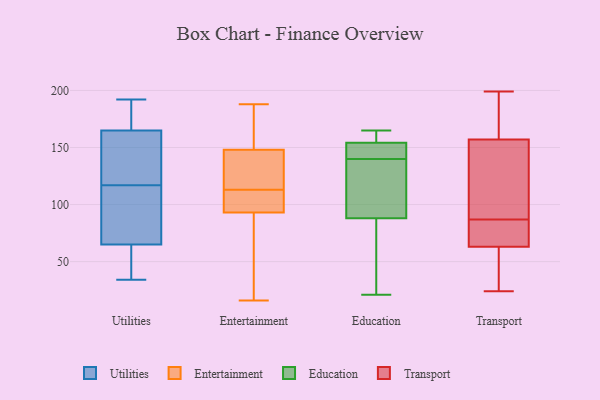
{"axis": {"x": "Net Income (USD K)", "y": "Value"}, "legend": ["Education", "Entertainment", "Transport", "Utilities"], "data": [{"x": "", "y": 34, "type": "Utilities"}, {"x": "", "y": 126, "type": "Utilities"}, {"x": "", "y": 82, "type": "Utilities"}, {"x": "", "y": 161, "type": "Utilities"}, {"x": "", "y": 153, "type": "Utilities"}, {"x": "", "y": 165, "type": "Utilities"}, {"x": "", "y": 63, "type": "Utilities"}, {"x": "", "y": 108, "type": "Utilities"}, {"x": "", "y": 192, "type": "Utilities"}, {"x": "", "y": 65, "type": "Utilities"}, {"x": "", "y": 54, "type": "Utilities"}, {"x": "", "y": 188, "type": "Utilities"}, {"x": "", "y": 77, "type": "Utilities"}, {"x": "", "y": 171, "type": "Utilities"}, {"x": "", "y": 100, "type": "Entertainment"}, {"x": "", "y": 101, "type": "Entertainment"}, {"x": "", "y": 125, "type": "Entertainment"}, {"x": "", "y": 182, "type": "Entertainment"}, {"x": "", "y": 127, "type": "Entertainment"}, {"x": "", "y": 149, "type": "Entertainment"}, {"x": "", "y": 45, "type": "Entertainment"}, {"x": "", "y": 16, "type": "Entertainment"}, {"x": "", "y": 148, "type": "Entertainment"}, {"x": "", "y": 188, "type": "Entertainment"}, {"x": "", "y": 93, "type": "Entertainment"}, {"x": "", "y": 131, "type": "Entertainment"}, {"x": "", "y": 98, "type": "Entertainment"}, {"x": "", "y": 24, "type": "Entertainment"}, {"x": "", "y": 163, "type": "Education"}, {"x": "", "y": 152, "type": "Education"}, {"x": "", "y": 155, "type": "Education"}, {"x": "", "y": 121, "type": "Education"}, {"x": "", "y": 56, "type": "Education"}, {"x": "", "y": 81, "type": "Education"}, {"x": "", "y": 165, "type": "Education"}, {"x": "", "y": 145, "type": "Education"}, {"x": "", "y": 81, "type": "Education"}, {"x": "", "y": 165, "type": "Education"}, {"x": "", "y": 163, "type": "Education"}, {"x": "", "y": 111, "type": "Education"}, {"x": "", "y": 21, "type": "Education"}, {"x": "", "y": 109, "type": "Education"}, {"x": "", "y": 141, "type": "Education"}, {"x": "", "y": 114, "type": "Education"}, {"x": "", "y": 143, "type": "Education"}, {"x": "", "y": 140, "type": "Education"}, {"x": "", "y": 29, "type": "Education"}, {"x": "", "y": 164, "type": "Transport"}, {"x": "", "y": 87, "type": "Transport"}, {"x": "", "y": 96, "type": "Transport"}, {"x": "", "y": 83, "type": "Transport"}, {"x": "", "y": 111, "type": "Transport"}, {"x": "", "y": 43, "type": "Transport"}, {"x": "", "y": 62, "type": "Transport"}, {"x": "", "y": 66, "type": "Transport"}, {"x": "", "y": 172, "type": "Transport"}, {"x": "", "y": 169, "type": "Transport"}, {"x": "", "y": 199, "type": "Transport"}, {"x": "", "y": 125, "type": "Transport"}, {"x": "", "y": 47, "type": "Transport"}, {"x": "", "y": 24, "type": "Transport"}, {"x": "", "y": 136, "type": "Transport"}, {"x": "", "y": 197, "type": "Transport"}, {"x": "", "y": 44, "type": "Transport"}, {"x": "", "y": 86, "type": "Transport"}, {"x": "", "y": 83, "type": "Transport"}]}